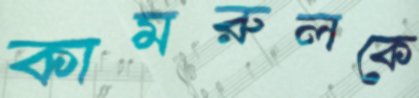
কামরুলকে